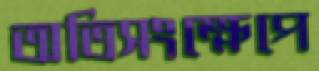
অতিসংক্ষেপে